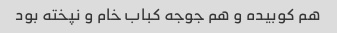
هم کوبیده و هم جوجه کباب خام و نپخته بود